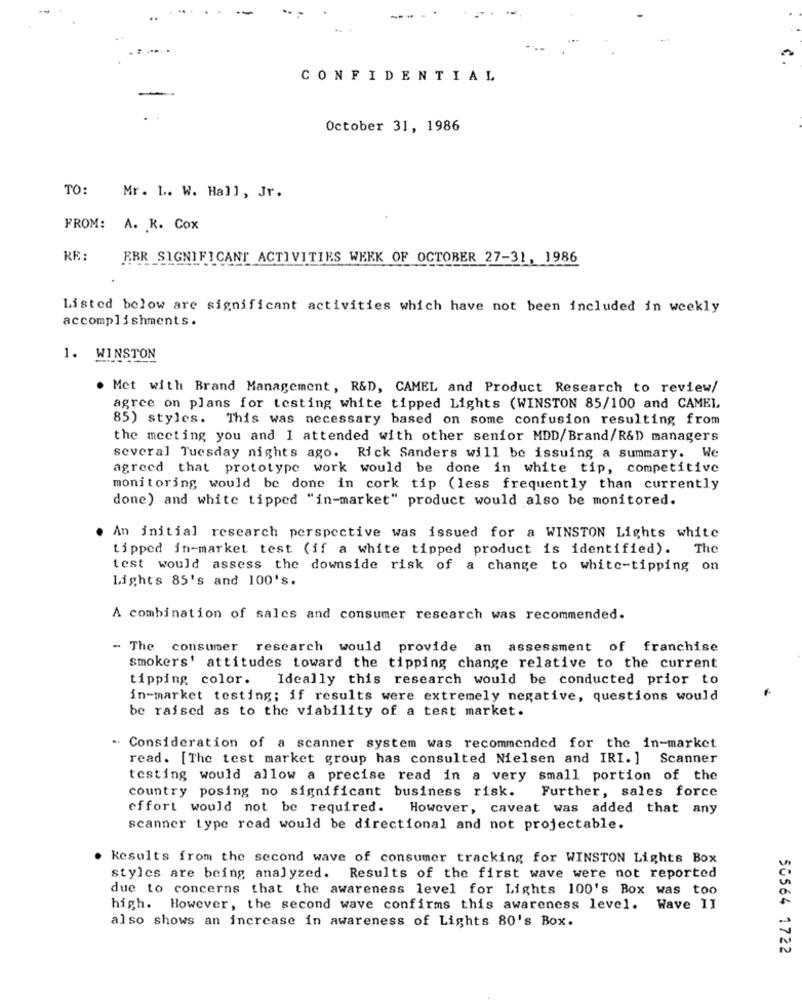
C .
CONFIDENTIAL
October 31, 1986
TO:
Mr. L. W. Hall, Jr.
FROM: A. K. Cox
RE:
EBR SIGNIFICANT ACTIVITIES WEEK OF OCTOBER 27-31, 1986
Listed below are significant activities which have not been included in weekly
accomplishments.
1. WINSTON
. Met with Brand Management, R&D, CAMEL and Product Research to review/
agree on plans for testing white tipped Lights (WINSTON 85/100 and CAMEL,
85) styles. This was necessary based on some confusion resulting from
the meeting you and I attended with other senior MDD/Brand/R&D managers
several Tuesday nights ago. Rick Sanders will be issuing a summary. We
agreed that prototype work would be done in white tip, competitive
monitoring would be done in cork tip (less frequently than currently
done) and white tipped "in-market" product would also be monitored.
An initial research perspective was issued for a WINSTON Lights white
tipped in-market test (if a white tipped product is identified).
The
test would assess the downside risk of a change to white-tipping on
Lights 85's and 100's.
A combination of sales and consumer research was recommended.
- The consumer research would provide an assessment of franchise
smokers' attitudes toward the tipping change relative to the current
tipping color.
Ideally this research would be conducted prior to
in-market testing; if results were extremely negative, questions would
be raised as to the viability of a test market.
- Consideration of a scanner system was recommended for the in-market
read. [The test market group has consulted Nielsen and IRI. ] Scanner
testing would allow a precise read in a very small portion of the
country posing no significant business risk.
Further, sales force
effort would not be required. However, caveat was added that any
scanner type read would be directional and not projectable.
Results from the second wave of consumer tracking for WINSTON Lights Box
styles are being analyzed. Results of the first wave were not reported
due to concerns that the awareness level for Lights 100's Box was too
high. However, the second wave confirms this awareness level.
Wave II
also shows an increase in awareness of Lights 80's Box.
50564 1722